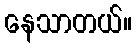
နေသာတယ်။